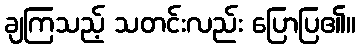
ချကြသည့် သတင်းလည်း ပြောပြ၏။